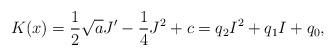
LaTeX: \begin{align*}K(x)=\frac{1}{2}\sqrt{a}J'-\frac{1}{4}J^2+c=q_2 I^2+q_1 I+q_0,\end{align*}